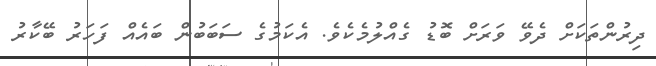
ދިރުންތަކަށް ދެވޭ ވަރަށް ބޮޑު ގެއްލުމެކެވެ. އެކަމުގެ ސަބަބުން ބައެއް ފަހަރު ބޭކާރު